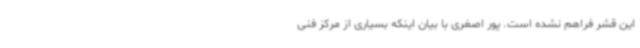
این قشر فراهم نشده است. پور اصغری با بیان اینکه بسیاری از مرکز فنی